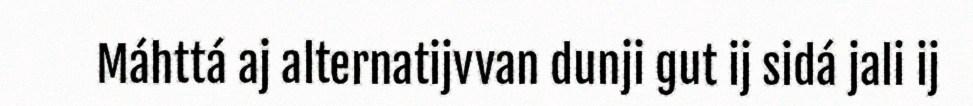
Máhttá aj alternatijvvan dunji gut ij sidá jali ij